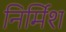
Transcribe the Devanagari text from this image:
निर्मिश